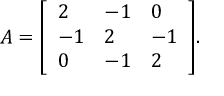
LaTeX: A = { \left[ \begin{array} { l l l } { 2 } & { - 1 } & { 0 } \\ { - 1 } & { 2 } & { - 1 } \\ { 0 } & { - 1 } & { 2 } \end{array} \right] } .